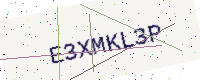
Text: E3XMKL3P